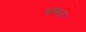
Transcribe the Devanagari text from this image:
स्‍टाइल